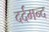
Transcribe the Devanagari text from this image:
दर्दमन्द